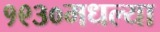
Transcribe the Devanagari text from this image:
१९३०मधल्या